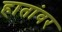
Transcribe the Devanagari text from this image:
हातांवर